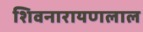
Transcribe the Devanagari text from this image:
शिवनारायणलाल